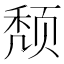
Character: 颓